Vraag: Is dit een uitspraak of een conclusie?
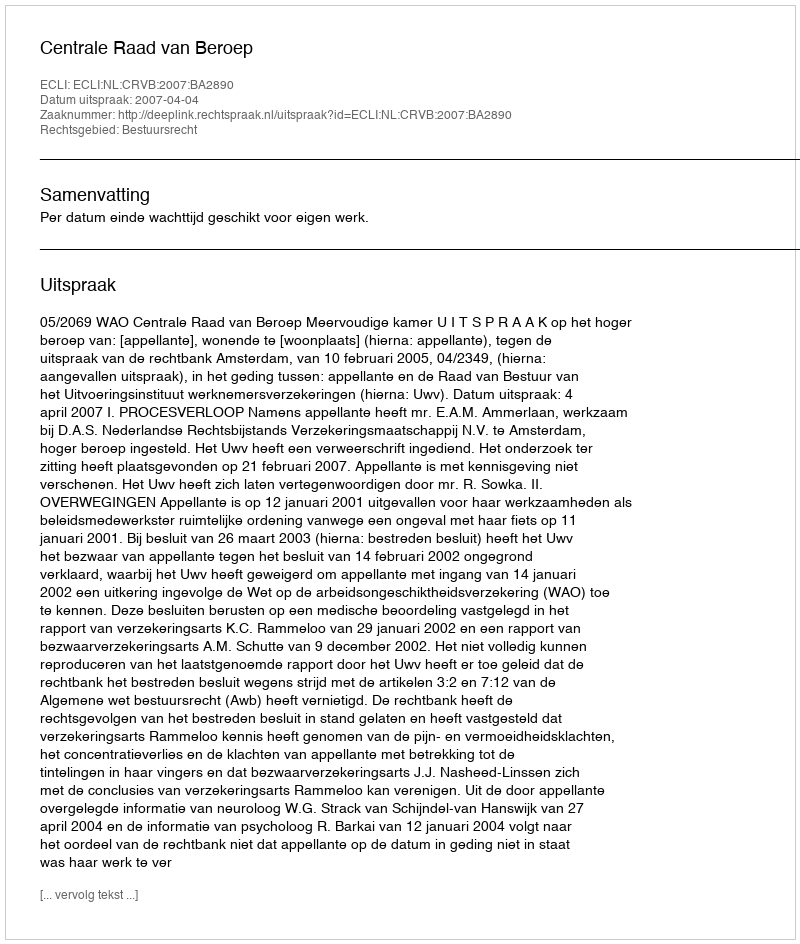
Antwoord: Uitspraak